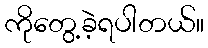
ကိုတွေ့ခဲ့ရပါတယ်။